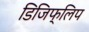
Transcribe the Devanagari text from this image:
डिजिफ्लिप